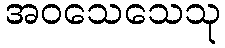
အဝသေသေသု